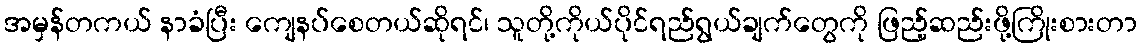
အမှန်တကယ် နာခံပြီး ကျေနပ်စေတယ်ဆိုရင်၊ သူတို့ကိုယ်ပိုင်ရည်ရွယ်ချက်တွေကို ဖြည့်ဆည်းဖို့ကြိုးစားတာ